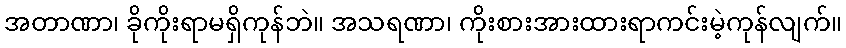
အတာဏာ၊ ခိုကိုးရာမရှိကုန်ဘဲ။ အသရဏာ၊ ကိုးစားအားထားရာကင်းမဲ့ကုန်လျက်။